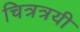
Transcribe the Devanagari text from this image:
चित्रत्रयी